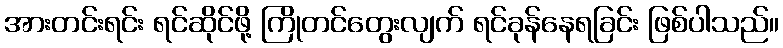
အားတင်းရင်း ရင်ဆိုင်ဖို့ ကြိုတင်တွေးလျက် ရင်ခုန်နေရခြင်း ဖြစ်ပါသည်။